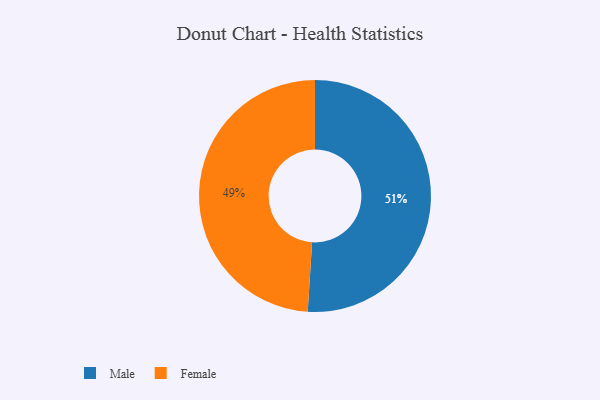
{"axis": {"x": "Category", "y": "Percentage"}, "legend": ["Female", "Male"], "data": [{"x": "Female", "y": 49, "type": "Female"}, {"x": "Male", "y": 51, "type": "Male"}]}